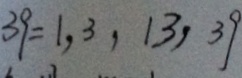
3 9 = 1 , 3 , 1 3 , 3 9